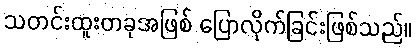
သတင်းထူးတခုအဖြစ် ပြောလိုက်ခြင်းဖြစ်သည်။